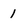
Character: 1